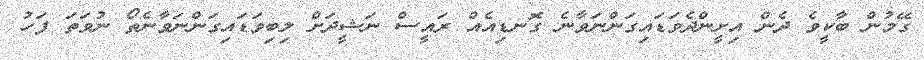
ގޭމުން ބާކީވެ ދެން އިށީންދެވަޑައިގަންނަވާނެ ގޮނޑިއެއް ރައީސް ނަޝީދަށް ލިބިވަޑައިގަންނަވާނެތޯ ނުވަތަ ފަހު